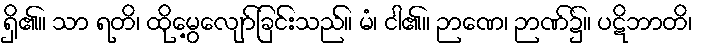
ရှိ၏။ သာ ရတိ၊ ထိုမွေ့လျော်ခြင်းသည်။ မံ၊ ငါ၏။ ဉာဏေ၊ ဉာဏ်၌။ ပဋိဘာတိ၊